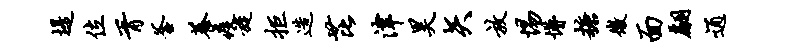
堤位胥釜养疫旋拒造芘津昊矢放惕懵糖微面翩通